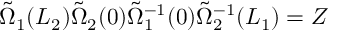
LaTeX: \tilde { \Omega } _ { 1 } ( L _ { 2 } ) \tilde { \Omega } _ { 2 } ( 0 ) \tilde { \Omega } _ { 1 } ^ { - 1 } ( 0 ) \tilde { \Omega } _ { 2 } ^ { - 1 } ( L _ { 1 } ) = Z